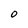
Character: o